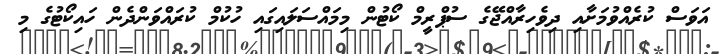
އަވަސް ކުރެއްވުމަށާއި ދިވެހިރާއްޖޭގެ ސުޕްރީމް ކޯޓުން މިމައްސަލައިގައި ހުކުމް ކުރައްވަންދެން ހައިކޯޓުގެ މި